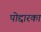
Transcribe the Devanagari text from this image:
पोद्दारका